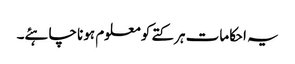
یہ احکامات ہر کتے کو معلوم ہونا چاہئے۔